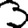
Digit: 3